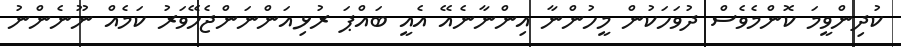
ކުދިންވީމަ ކޮންމެވެސް ދުވަހަކުން މީހުންނާ އިންނާނެއޭ އެއީ ބައްޕަ ރުޅިއަންނަންޖެހޭވަރު ކަމެއް ނޫނެންނު